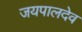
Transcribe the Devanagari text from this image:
जयपालदेव